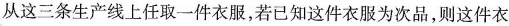
从这三条生产线上任取一件衣服，若已知这件衣服为次品，则这件衣